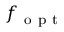
f _ { \mathrm { ~ o ~ p ~ t ~ } }